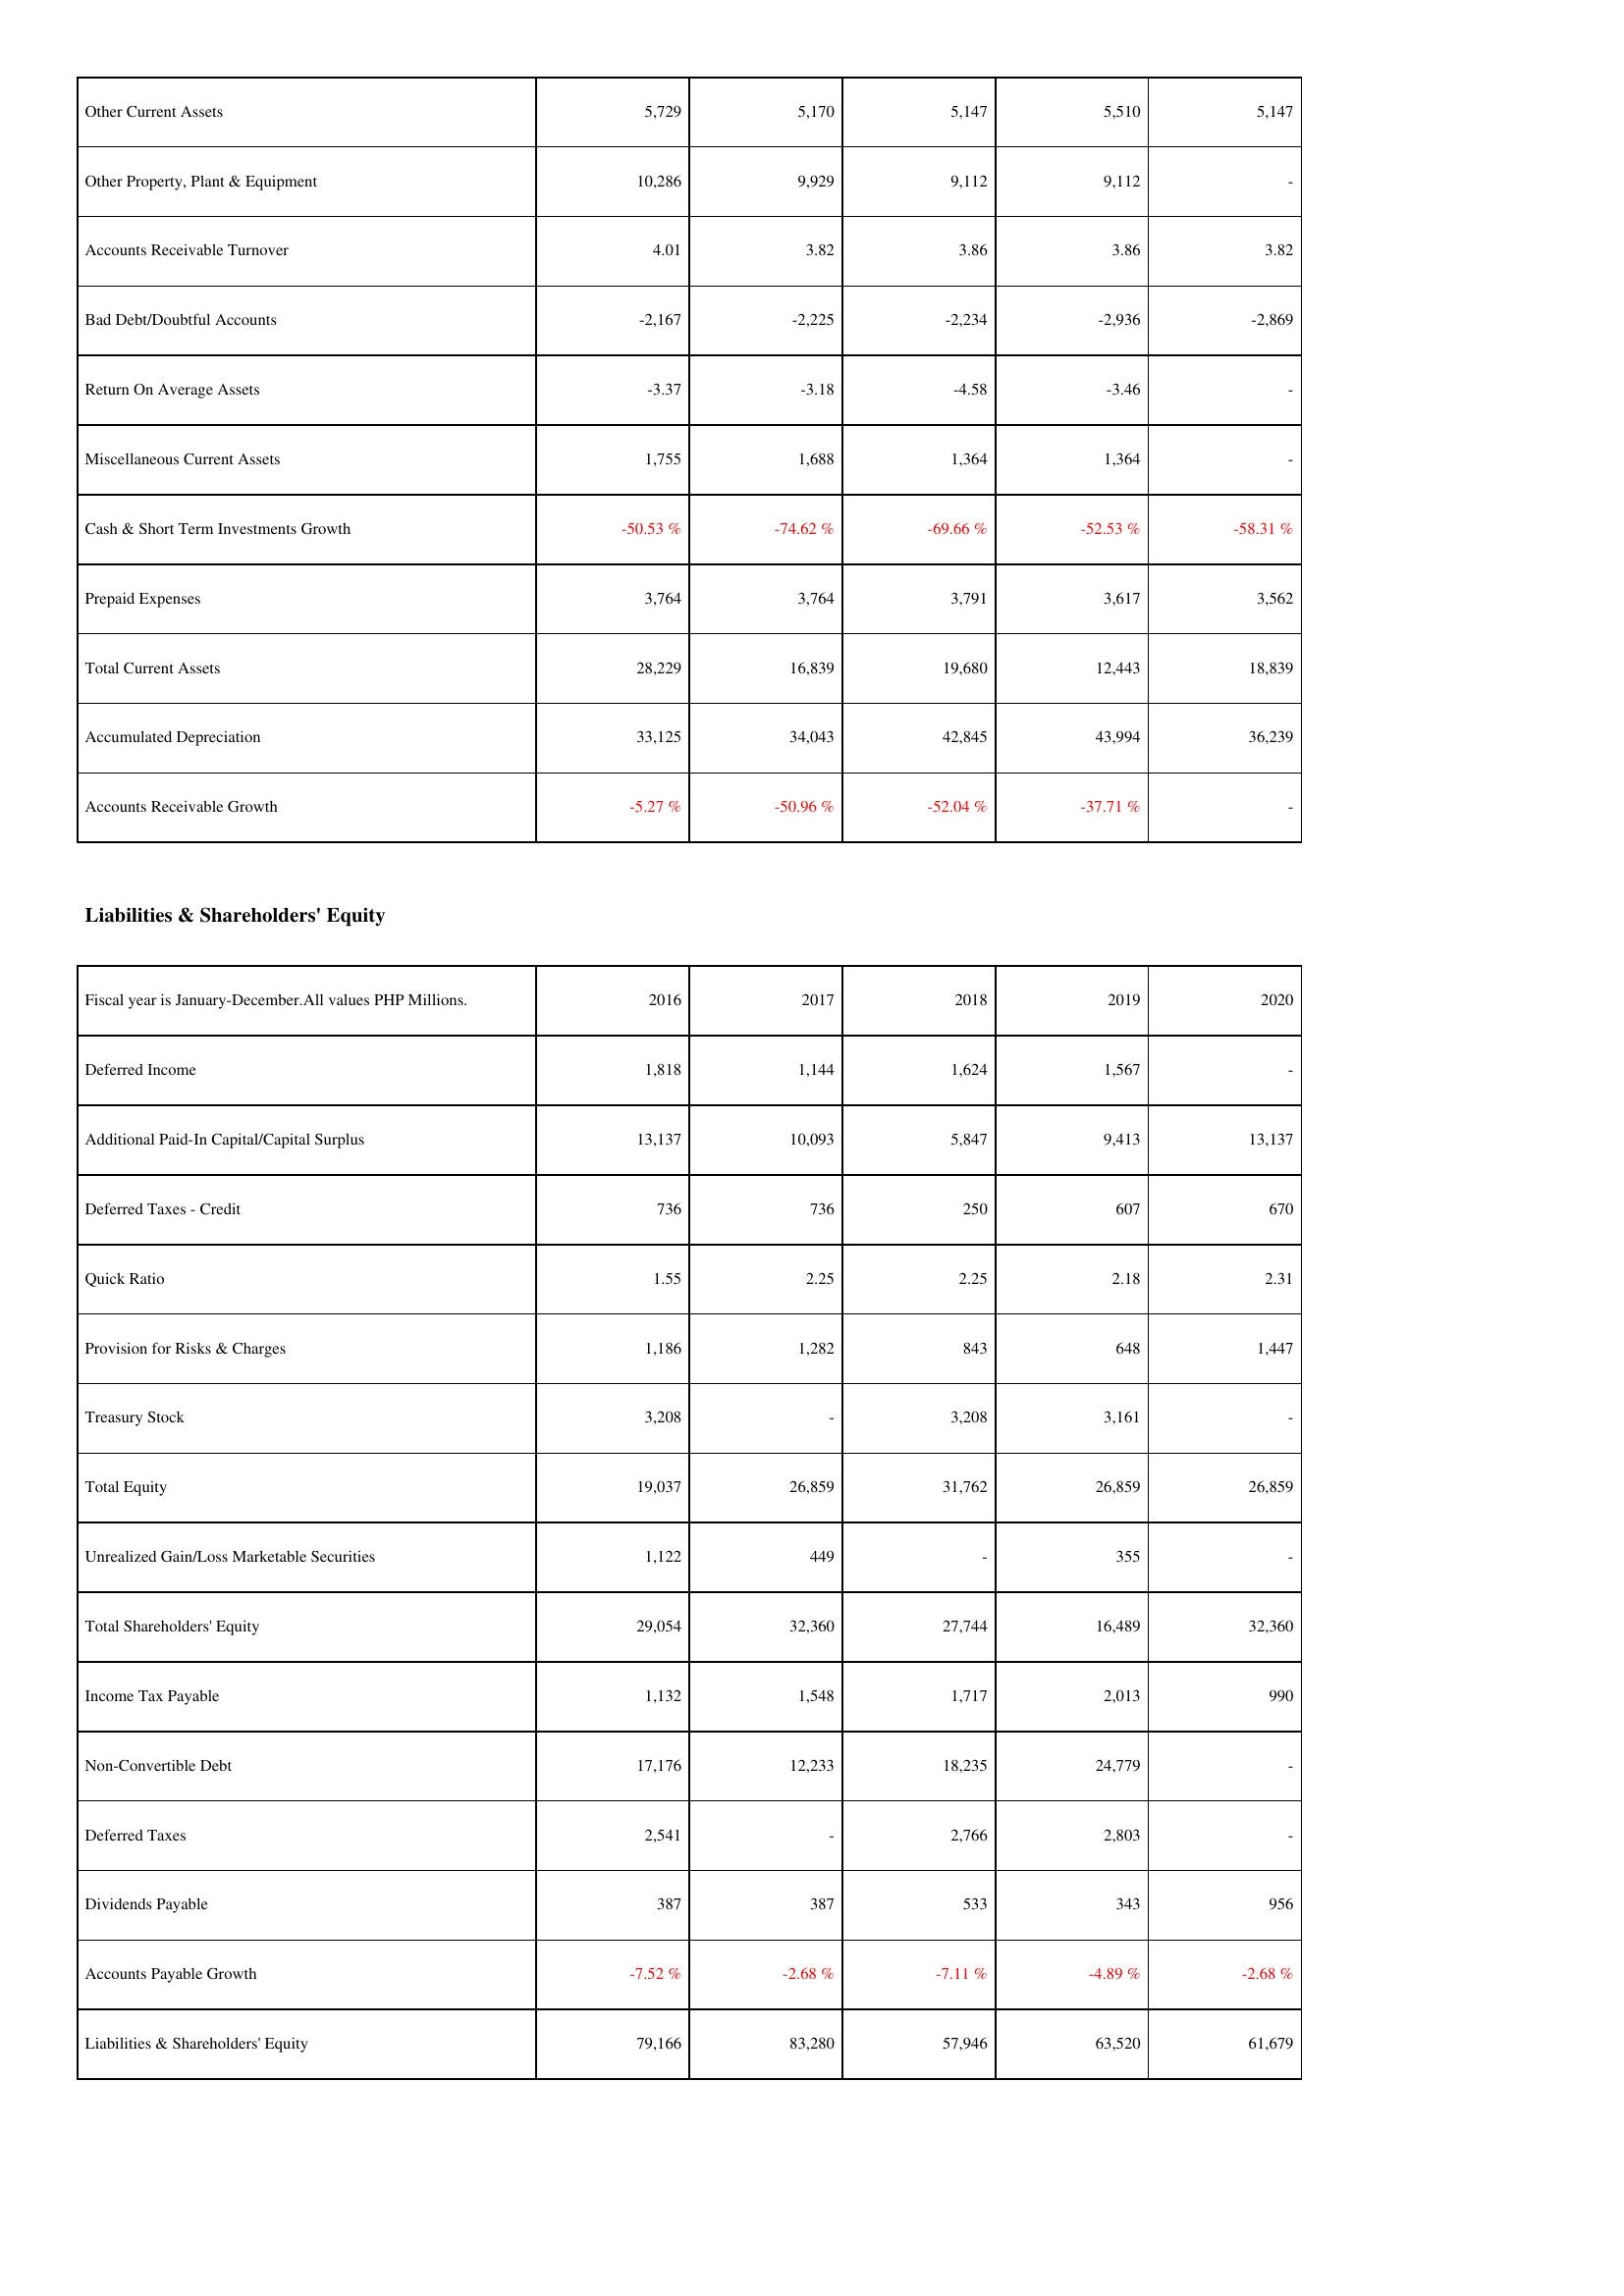
2016: Assets: Other Current Assets: 5,729
Other Property, Plant & Equipment: 10,286
Accounts Receivable Turnover: 4.01
Bad Debt/Doubtful Accounts: -2,167
Return On Average Assets: -3.37
Miscellaneous Current Assets: 1,755
Cash & Short Term Investments Growth: -50.53 %
Prepaid Expenses: 3,764
Total Current Assets: 28,229
Accumulated Depreciation: 33,125
Accounts Receivable Growth: -5.27 %
Liabilities & Shareholders' Equity: Deferred Income: 1,818
Additional Paid-In Capital/Capital Surplus: 13,137
Deferred Taxes - Credit: 736
Quick Ratio: 1.55
Provision for Risks & Charges: 1,186
Treasury Stock: 3,208
Total Equity: 19,037
Unrealized Gain/Loss Marketable Securities: 1,122
Total Shareholders' Equity: 29,054
Income Tax Payable: 1,132
Non-Convertible Debt: 17,176
Deferred Taxes: 2,541
Dividends Payable: 387
Accounts Payable Growth: -7.52 %
Liabilities & Shareholders' Equity: 79,166
2017: Assets: Other Current Assets: 5,170
Other Property, Plant & Equipment: 9,929
Accounts Receivable Turnover: 3.82
Bad Debt/Doubtful Accounts: -2,225
Return On Average Assets: -3.18
Miscellaneous Current Assets: 1,688
Cash & Short Term Investments Growth: -74.62 %
Prepaid Expenses: 3,764
Total Current Assets: 16,839
Accumulated Depreciation: 34,043
Accounts Receivable Growth: -50.96 %
Liabilities & Shareholders' Equity: Deferred Income: 1,144
Additional Paid-In Capital/Capital Surplus: 10,093
Deferred Taxes - Credit: 736
Quick Ratio: 2.25
Provision for Risks & Charges: 1,282
Treasury Stock: -
Total Equity: 26,859
Unrealized Gain/Loss Marketable Securities: 449
Total Shareholders' Equity: 32,360
Income Tax Payable: 1,548
Non-Convertible Debt: 12,233
Deferred Taxes: -
Dividends Payable: 387
Accounts Payable Growth: -2.68 %
Liabilities & Shareholders' Equity: 83,280
2018: Assets: Other Current Assets: 5,147
Other Property, Plant & Equipment: 9,112
Accounts Receivable Turnover: 3.86
Bad Debt/Doubtful Accounts: -2,234
Return On Average Assets: -4.58
Miscellaneous Current Assets: 1,364
Cash & Short Term Investments Growth: -69.66 %
Prepaid Expenses: 3,791
Total Current Assets: 19,680
Accumulated Depreciation: 42,845
Accounts Receivable Growth: -52.04 %
Liabilities & Shareholders' Equity: Deferred Income: 1,624
Additional Paid-In Capital/Capital Surplus: 5,847
Deferred Taxes - Credit: 250
Quick Ratio: 2.25
Provision for Risks & Charges: 843
Treasury Stock: 3,208
Total Equity: 31,762
Unrealized Gain/Loss Marketable Securities: -
Total Shareholders' Equity: 27,744
Income Tax Payable: 1,717
Non-Convertible Debt: 18,235
Deferred Taxes: 2,766
Dividends Payable: 533
Accounts Payable Growth: -7.11 %
Liabilities & Shareholders' Equity: 57,946
2019: Assets: Other Current Assets: 5,510
Other Property, Plant & Equipment: 9,112
Accounts Receivable Turnover: 3.86
Bad Debt/Doubtful Accounts: -2,936
Return On Average Assets: -3.46
Miscellaneous Current Assets: 1,364
Cash & Short Term Investments Growth: -52.53 %
Prepaid Expenses: 3,617
Total Current Assets: 12,443
Accumulated Depreciation: 43,994
Accounts Receivable Growth: -37.71 %
Liabilities & Shareholders' Equity: Deferred Income: 1,567
Additional Paid-In Capital/Capital Surplus: 9,413
Deferred Taxes - Credit: 607
Quick Ratio: 2.18
Provision for Risks & Charges: 648
Treasury Stock: 3,161
Total Equity: 26,859
Unrealized Gain/Loss Marketable Securities: 355
Total Shareholders' Equity: 16,489
Income Tax Payable: 2,013
Non-Convertible Debt: 24,779
Deferred Taxes: 2,803
Dividends Payable: 343
Accounts Payable Growth: -4.89 %
Liabilities & Shareholders' Equity: 63,520
2020: Assets: Other Current Assets: 5,147
Other Property, Plant & Equipment: -
Accounts Receivable Turnover: 3.82
Bad Debt/Doubtful Accounts: -2,869
Return On Average Assets: -
Miscellaneous Current Assets: -
Cash & Short Term Investments Growth: -58.31 %
Prepaid Expenses: 3,562
Total Current Assets: 18,839
Accumulated Depreciation: 36,239
Accounts Receivable Growth: -
Liabilities & Shareholders' Equity: Deferred Income: -
Additional Paid-In Capital/Capital Surplus: 13,137
Deferred Taxes - Credit: 670
Quick Ratio: 2.31
Provision for Risks & Charges: 1,447
Treasury Stock: -
Total Equity: 26,859
Unrealized Gain/Loss Marketable Securities: -
Total Shareholders' Equity: 32,360
Income Tax Payable: 990
Non-Convertible Debt: -
Deferred Taxes: -
Dividends Payable: 956
Accounts Payable Growth: -2.68 %
Liabilities & Shareholders' Equity: 61,679